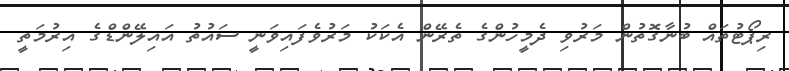
ރިޕޯޓުތައް ބުނާގޮތުން މަރުވި ދެމީހުންގެ ތެރޭން އެކަކު މަރުވެފައިވަނީ ސައުތު އައިލޭންޑްގެ އިރުމަތީ